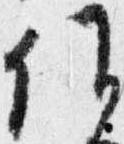
候